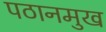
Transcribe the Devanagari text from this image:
पठानमुख